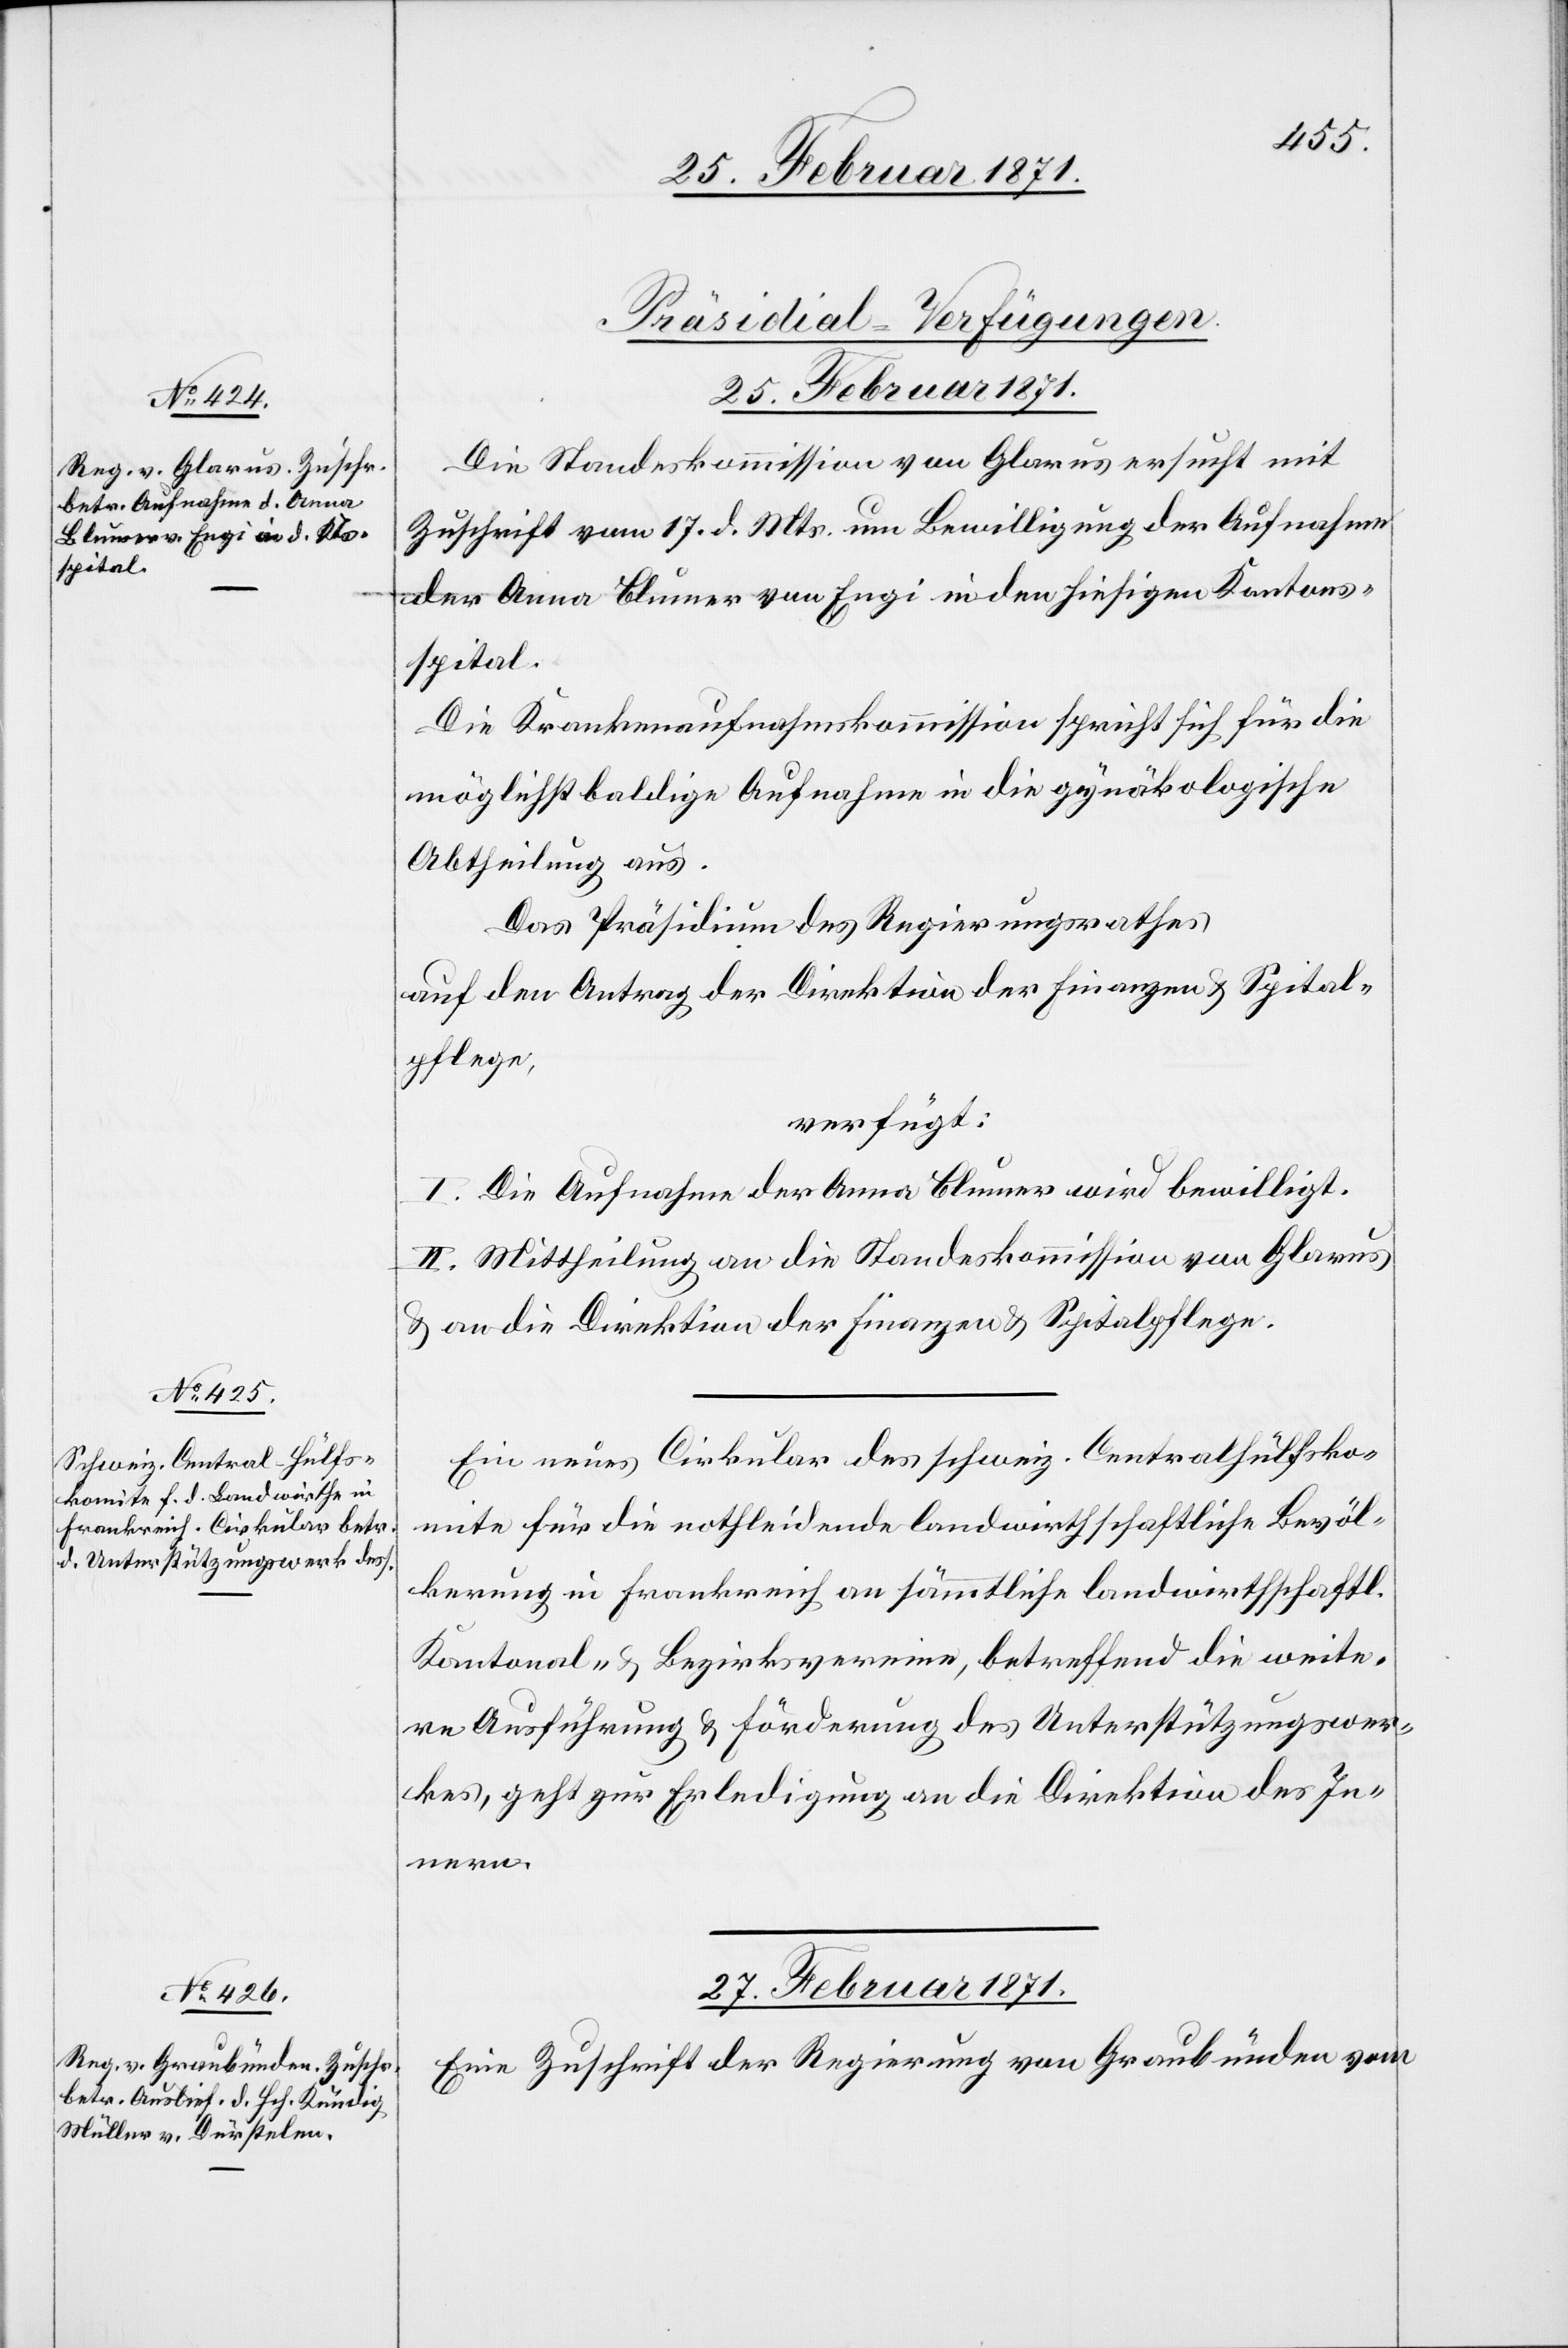
25. Februar 1871.]
[Präsidial-Verfügungen]
Die Standeskommission von Glarus ersucht mit
Zuschrift vom 17. d. Mts. um Bewilligung der Aufnahme
der Anna Blumer von Engi in den hiesigen Kantons¬
spital.
Die Krankenaufnahmekommission spricht sich für die
möglichst baldige Aufnahme in die gynäkologische
Abtheilung aus.
Das Präsidium des Regierungsrathes
auf den Antrag der Direktion der Finanzen u. Spital¬
pflege,
verfügt:
1. Die Aufnahme der Anna Blumer wird bewilligt.
2. Mittheilung an die Standeskommission von Glarus
u. an die Direktion der Finanzen u. Spitalpflege.
Ein neues Cirkular des schweiz. Centralhülfsko¬
mite für die nothleidende landwirthschaftliche Bevöl¬
kerung in Frankreich an sämmtliche landwirthschaftl.
Kantonal- u. Bezirksvereine, betreffend die weite¬
re Ausführung u. Förderung des Unterstützungswer¬
kes, geht zur Erledigung an die Direktion des In¬
nern.
27. Februar 1871.
Eine Zuschrift der Regierung von Graubünden vom